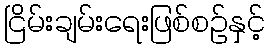
ငြိမ်းချမ်းရေးဖြစ်စဉ်နှင့်